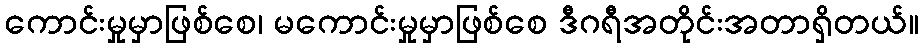
ကောင်းမှုမှာဖြစ်စေ၊ မကောင်းမှုမှာဖြစ်စေ ဒီဂရီအတိုင်းအတာရှိတယ်။